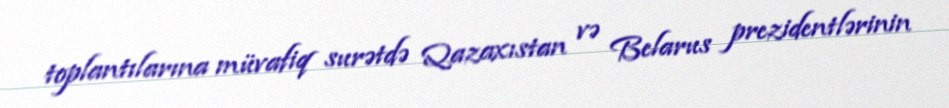
toplantılarına müvafiq surətdə Qazaxıstan və Belarus prezidentlərinin